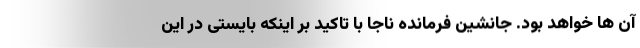
آن ها خواهد بود. جانشین فرمانده ناجا با تاکید بر اینکه بایستی در این